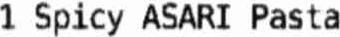
1 SPICY ASARI PASTA